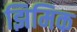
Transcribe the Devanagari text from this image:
झिमिक